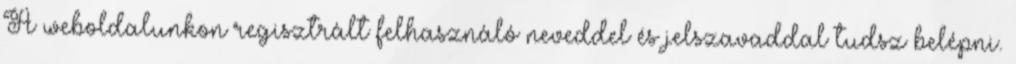
A weboldalunkon regisztrált felhasználó neveddel és jelszavaddal tudsz belépni.